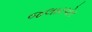
જલારપોર